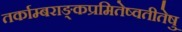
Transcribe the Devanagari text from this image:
तर्काम्बराङ्कप्रमितेष्वतीतेषु